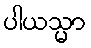
ပါယသ္မာ